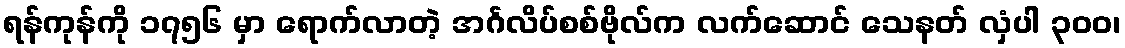
ရန်ကုန်ကို ၁၇၅၆ မှာ ရောက်လာတဲ့ အင်္ဂလိပ်စစ်ဗိုလ်က လက်ဆောင် သေနတ် လှံပါ ၃၀၀၊